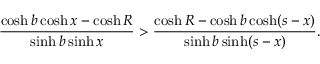
\frac { \cosh b \cosh x - \cosh R } { \sinh b \sinh x } > \frac { \cosh R - \cosh b \cosh ( s - x ) } { \sinh b \sinh ( s - x ) } .